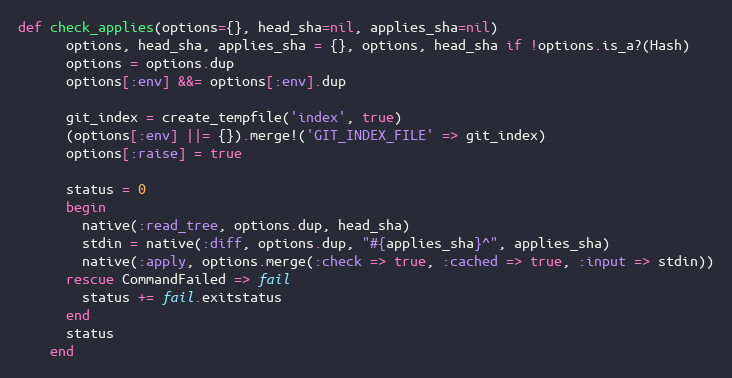
Language: Ruby
def check_applies(options={}, head_sha=nil, applies_sha=nil)
      options, head_sha, applies_sha = {}, options, head_sha if !options.is_a?(Hash)
      options = options.dup
      options[:env] &&= options[:env].dup

      git_index = create_tempfile('index', true)
      (options[:env] ||= {}).merge!('GIT_INDEX_FILE' => git_index)
      options[:raise] = true

      status = 0
      begin
        native(:read_tree, options.dup, head_sha)
        stdin = native(:diff, options.dup, "#{applies_sha}^", applies_sha)
        native(:apply, options.merge(:check => true, :cached => true, :input => stdin))
      rescue CommandFailed => fail
        status += fail.exitstatus
      end
      status
    end